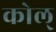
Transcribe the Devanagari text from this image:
कोल्